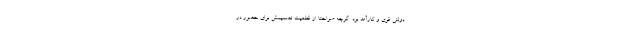
دولتی قوی و کارآمد بود. گرچه صراحتاً از قطعیت تصمیمش برای حضور در